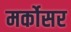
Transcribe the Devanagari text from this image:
मर्कोसर